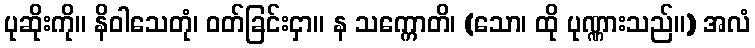
ပုဆိုးကို။ နိဝါသေတုံ၊ ဝတ်ခြင်းငှာ။ န သက္ကောတိ၊ (သော၊ ထို ပုဏ္ဏားသည်။) အလံ